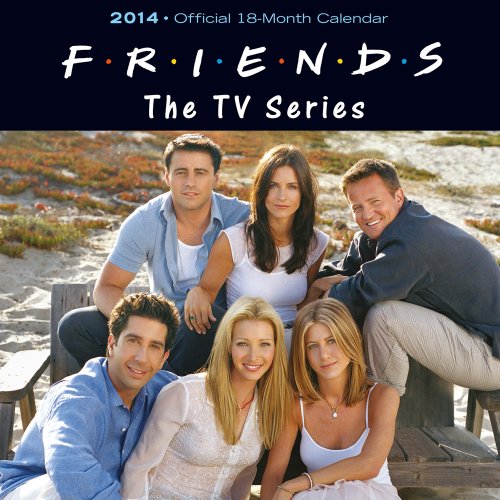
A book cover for Friends The TV Series Official 18-Month 2014 Calendar; Calendars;